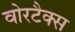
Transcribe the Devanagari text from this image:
वोरटैक्स